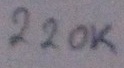
Text: 220KΩ